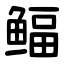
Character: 鲾